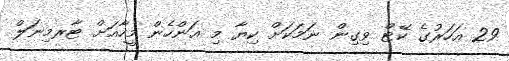
29 އަހަރުގެ ކޭޓް ވިގިން ނަމަކަށް ކިޔާ މި އަންހެން މީހާއަށް ޓާރމިނަލް